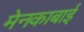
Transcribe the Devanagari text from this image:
मेनकाबाई